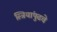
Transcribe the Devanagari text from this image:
स्त्रियांपुढचे